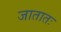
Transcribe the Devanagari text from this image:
जातातः